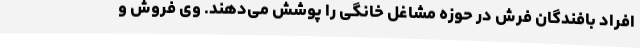
افراد بافندگان فرش در حوزه مشاغل خانگی را پوشش می‌دهند. وی فروش و